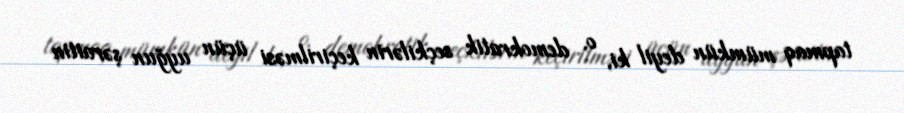
tapmaq mümkün deyil ki, o, demokratik seçkilərin keçirilməsi üçün uyğun şəraitin